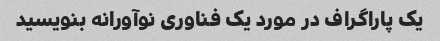
یک پاراگراف در مورد یک فناوری نوآورانه بنویسید